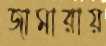
জামারায়